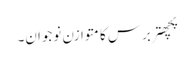
پچھتربرس کا متوازن نوجوان۔